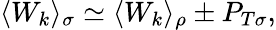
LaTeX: \langle W_{k}\rangle_{\sigma}\simeq\langle W_{k}\rangle_{\rho}\pm P_{T\sigma},